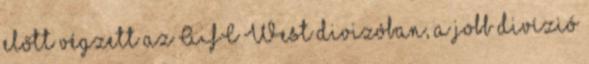
előtt végzett az AFC West divizóban, a jobb divízió